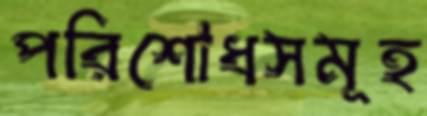
পরিশোধসমূহ